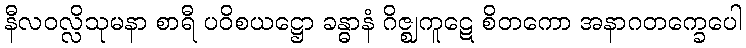
နီလဝလ္လိသုမနာ စာရီ ပဝိစယဋ္ဌော ခန္ဓာနံ ဂိဇ္ဈကူဋေ စိတကော အနာဂတက္ခေပေါ